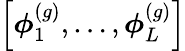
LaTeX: \left[\boldsymbol{\phi}_{1}^{(g)},\dots,\boldsymbol{\phi}_{L}^{(g)}\right]